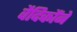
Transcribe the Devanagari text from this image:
वैदिकौंने